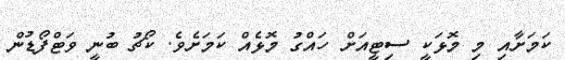
ކަމަށާއި މި މޮޅަކީ ސިޓީއަށް ހައްގު މޮޅެއް ކަމަށެވެ. ކޯޗު ބުނީ ވަޓްފޯޑުން